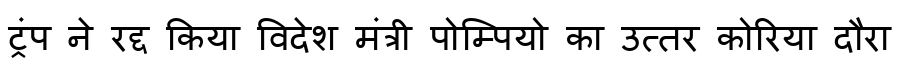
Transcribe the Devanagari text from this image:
ट्रंप ने रद्द किया विदेश मंत्री पोम्पियो का उत्तर कोरिया दौरा